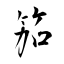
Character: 笳